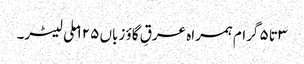
۳ تا ۵ گرام ہمراہ عرقِ گاؤ زباں ۱۲۵ ملی لیٹر۔